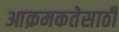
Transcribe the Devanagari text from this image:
आक्रमकतेसाठी